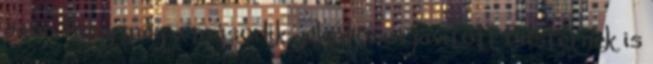
azon, hogy még a második, jelentősen javított Dusternek is